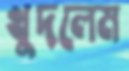
খুদলেম